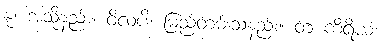
နု၊ အသို့နည်း။ ဝိလပိ၊ မြည်တမ်းသနည်း။ တံ ကိရိယံ၊